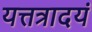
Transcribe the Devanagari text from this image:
यत्तत्रादयं